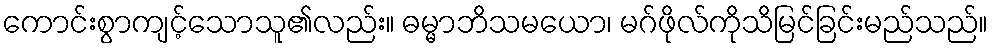
ကောင်းစွာကျင့်သောသူ၏လည်း။ ဓမ္မာဘိသမယော၊ မဂ်ဖိုလ်ကိုသိမြင်ခြင်းမည်သည်။